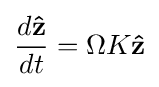
{\frac {d\mathbf {\hat {z}} }{dt}}=\Omega K\mathbf {\hat {z}}